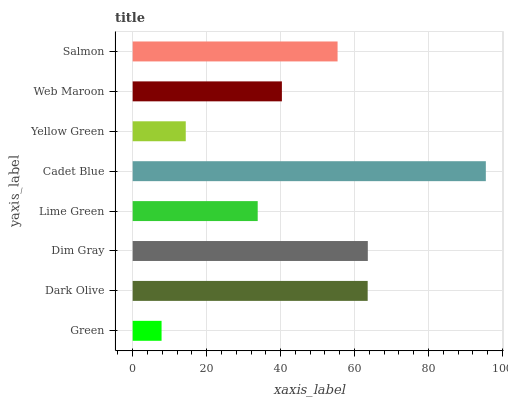
| yaxis_label | bars |
 | --- | --- |
 | Green | 7.81 |
 | Dark Olive | 63.5 |
 | Dim Gray | 63.6 |
 | Lime Green | 33.8 |
 | Cadet Blue | 95.5 |
 | Yellow Green | 14.4 |
 | Web Maroon | 40.3 |
 | Salmon | 55.4 |